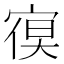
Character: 𭔁